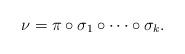
LaTeX: \begin{align*}\nu=\pi\circ\sigma_1\circ\cdots\circ\sigma_k.\end{align*}